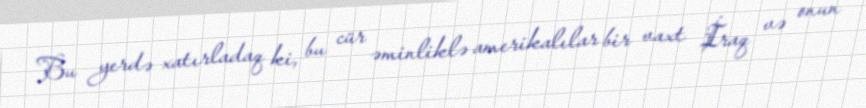
Bu yerdə xatırladaq ki, bu cür əminliklə amerikalılar bir vaxt İraq və onun